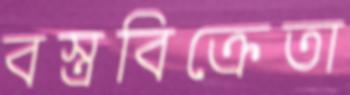
বস্ত্রবিক্রেতা